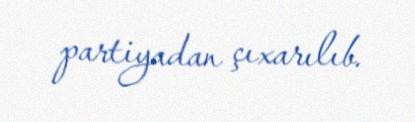
partiyadan çıxarılıb.